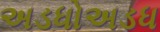
અડધોઅડધ